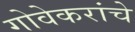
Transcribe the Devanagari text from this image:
गोवेकरांचे